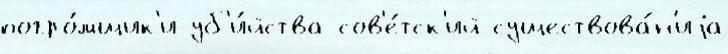
погро́мщик'и уб'и́йства сов'е́тск'ий существова́н'иjа